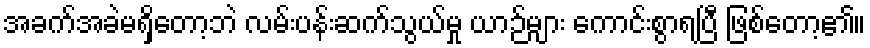
အခက်အခဲမရှိတော့ဘဲ လမ်းပန်းဆက်သွယ်မှု ယာဉ်များ ကောင်းစွာရပြီ ဖြစ်တော့၏။